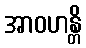
အာဝဟန္တိ